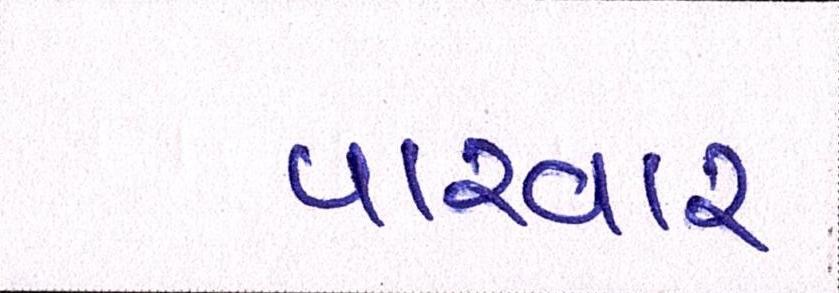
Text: પારવાર